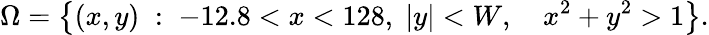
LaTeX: \Omega=\left\lbrace(x,y)\; :\; -12.8<x<128,\; |y|<W,\quad x^{2}+y^{2}>1\right\rbrace.